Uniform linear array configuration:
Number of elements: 8
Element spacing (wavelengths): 0.75
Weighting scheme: exponential
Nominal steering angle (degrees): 0
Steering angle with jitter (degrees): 0.8671
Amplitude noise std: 0.05
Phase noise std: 0.05

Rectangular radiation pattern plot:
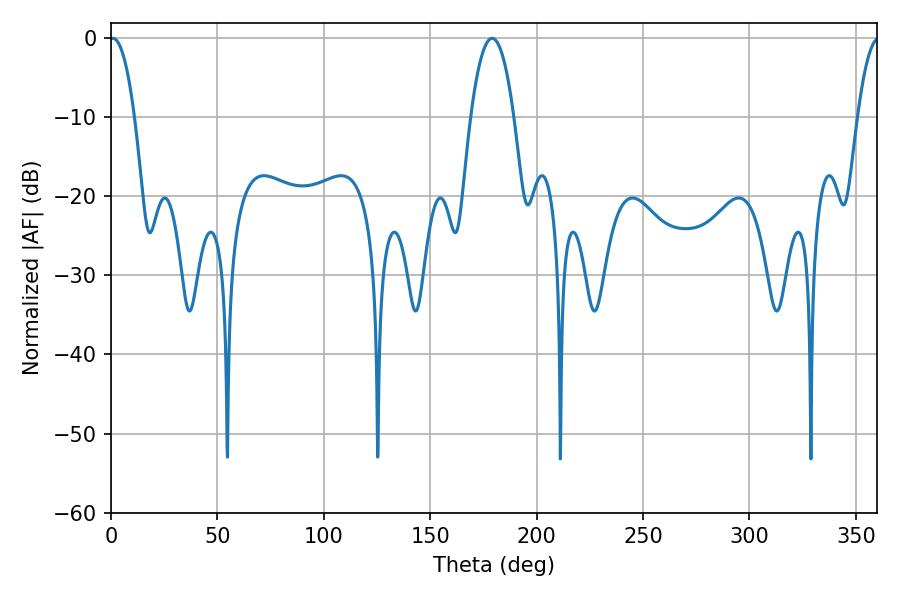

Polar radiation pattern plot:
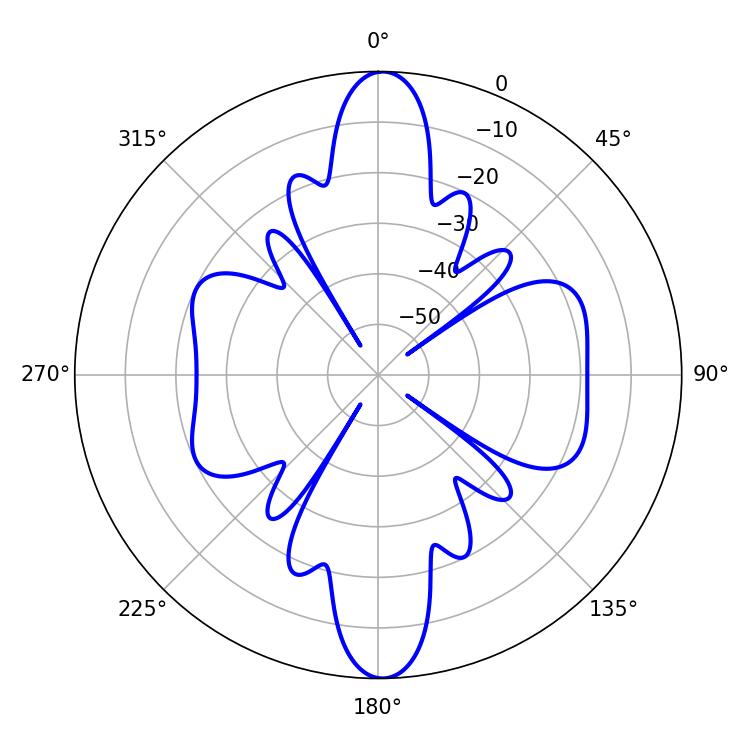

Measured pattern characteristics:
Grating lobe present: TRUE
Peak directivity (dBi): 21.694
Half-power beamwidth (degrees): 6.48
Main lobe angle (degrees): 0.9